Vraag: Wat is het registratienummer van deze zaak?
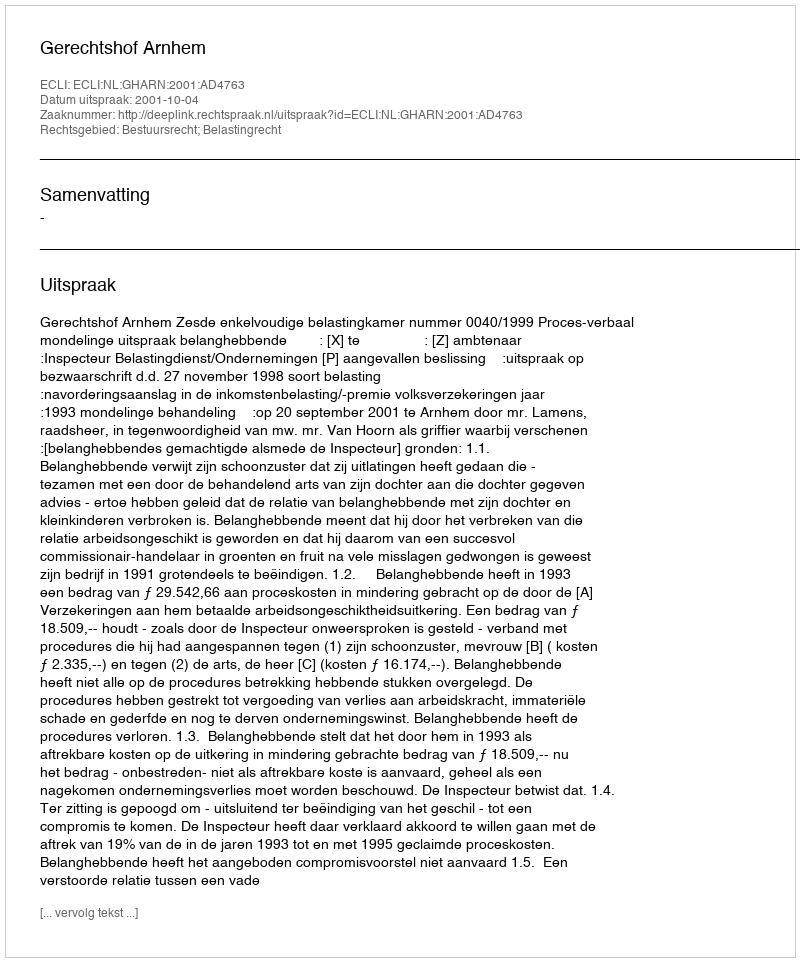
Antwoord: http://deeplink.rechtspraak.nl/uitspraak?id=ECLI:NL:GHARN:2001:AD4763